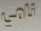
نامي